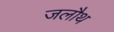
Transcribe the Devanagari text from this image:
जलौथ